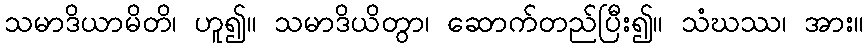
သမာဒိယာမိတိ၊ ဟူ၍။ သမာဒိယိတွာ၊ ဆောက်တည်ပြီး၍။ သံဃဿ၊ အား။